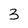
Character: 3